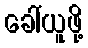
ခေါ်ယူဖို့